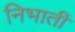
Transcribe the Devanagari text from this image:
निभातीं